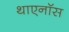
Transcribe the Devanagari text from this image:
थाएनॉस